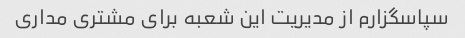
سپاسگزارم از مدیریت این شعبه برای مشتری مداری